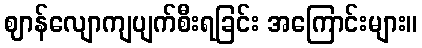
ဈာန်လျောကျပျက်စီးရခြင်း အကြောင်းများ။